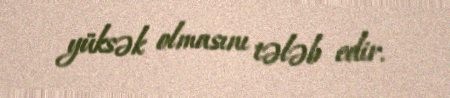
yüksək olmasını tələb edir.